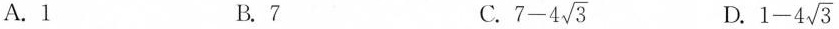
A.1 B.7 C. $$7-4 \sqrt{3}$$ D. $$1-4 \sqrt{3}$$